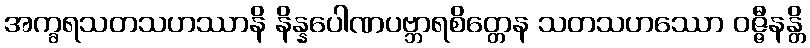
အက္ခရသတသဟဿာနိ နိန္နပေါဏပဗ္ဘာရစိတ္တေန သတသဟဿော ဝဇ္ဇီနန္တိ